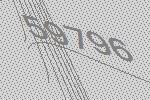
59796